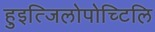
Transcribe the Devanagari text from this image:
हुइत्जिलोपोच्टिलि